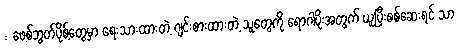
: ဖေ့စ်ဘွတ်ပိုစ့်တွေမှာ ရေးသားထားတဲ့ ဂျင်းစားထားတဲ့ သူတွေကို ရောဂါပိုးအတွက် ယူပြီးစစ်ဆေးရင် သာ